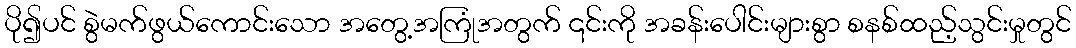
ပို၍ပင် စွဲမက်ဖွယ်ကောင်းသော အတွေ့အကြုံအတွက် ၎င်းကို အခန်းပေါင်းများစွာ စနစ်ထည့်သွင်းမှုတွင်